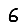
Digit: 6